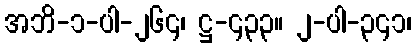
အဘိ-၁-ပါ-၂၆၄၊ ဋ္ဌ-၄၃၃။ ၂-ပါ-၃၄၁၊